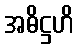
အဓိဋ္ဌဟိ